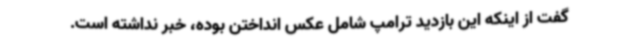
گفت از اینکه این بازدید ترامپ شامل عکس انداختن بوده، خبر نداشته است.